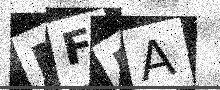
Text: MFRA